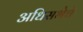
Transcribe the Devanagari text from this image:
अधिसभेचे